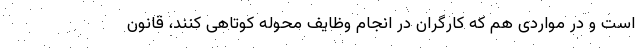
است و در مواردی هم که کارگران در انجام وظایف محوله کوتاهی کنند، قانون